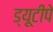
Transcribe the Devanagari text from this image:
ड्यूटीपे